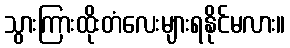
သွားကြားထိုးတံလေးများရနိုင်မလား။